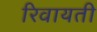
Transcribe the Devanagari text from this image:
रिवायती